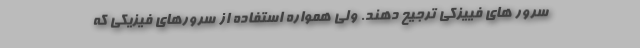
سرور های فییزکی ترجیح دهند. ولی همواره استفاده از سرورهای فیزیکی که